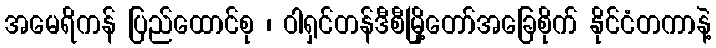
အမေရိကန် ပြည်ထောင်စု ၊ ဝါရှင်တန်ဒီစီမြို့တော်အခြေစိုက် နိုင်ငံတကာနဲ့